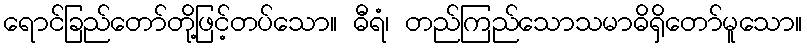
ရောင်ခြည်တော်တို့ဖြင့်တပ်သော။ ဓီရံ၊ တည်ကြည်သောသမာဓိရှိတော်မူသော။